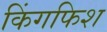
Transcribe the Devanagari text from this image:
किंगफिश